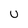
Character: u